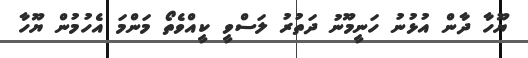
ޔޫހާ ދާން އުޅުނު ހަނީމޫނު ދަތުރު ލަސްވީ ކީއްވެތޯ މަންމަ އެހުމުން ޔޫހާ